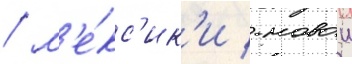
/ м'е́кс'ик'и / новои